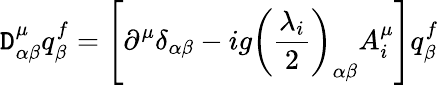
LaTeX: \mathtt{D}_{\alpha\beta}^{\mu}q_{\beta}^{f}=\left[\partial^{\mu}\delta_{\alpha\beta}-ig\left(\frac{{\lambda_{i}}}{{2}}\right)_{\alpha\beta}A_{i}^{\mu}\right]q_{\beta}^{f}